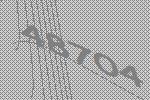
48704